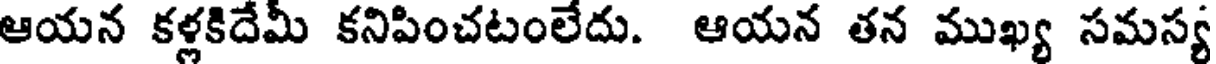
ఆయన కళ్లకిదేమీ కనిపించటంలేదు. ఆయన తన ముఖ్య సమస్య